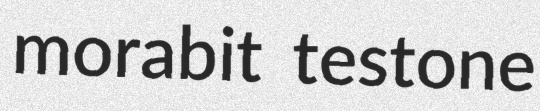
morabit testone